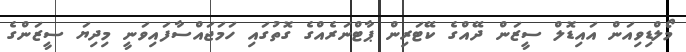
މޯލްޑިވިއަން އައިޑޮލް ސީޒަން ދޭއްގެ ކޭޓަރިން ޕާޓްނަރެއްގެ ގޮތުގައި ހަމަޖައްސާފައިވަނީ މިދިޔަ ސީޒަންގެ